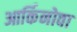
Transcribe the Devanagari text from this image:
आर्किनोवा